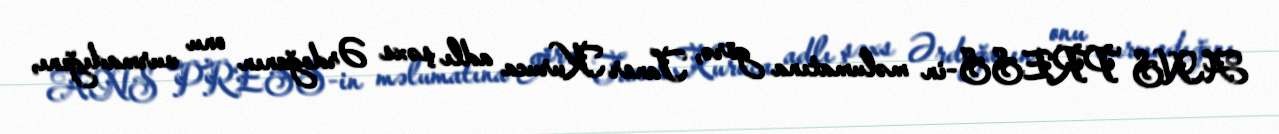
ANS PRESS-in məlumatına görə, Taner Kuruca adlı şəxs Ərdoğanın onu vurmadığını,